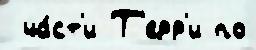
 ча́ст'и Т'ерр'и по